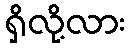
ရှိလို့လား